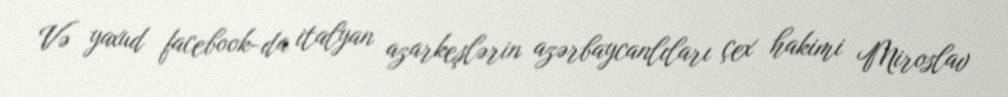
Və yaxud facebook-da italyan azarkeşlərin azərbaycanlıları çex hakimi Miroslav